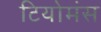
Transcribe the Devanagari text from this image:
टियोमंस